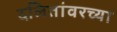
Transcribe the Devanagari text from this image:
दलितांवरच्या